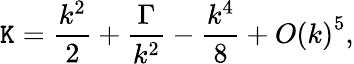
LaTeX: \mathtt{K}=\frac{{{{k^{2}}}}}{{2}}+\frac{{\Gamma}}{{{{k^{2}}}}}-\frac{{{{k^{4}}}}}{{8}}+O{\left(k\right)^{5}},